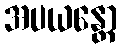
အပယန္တော